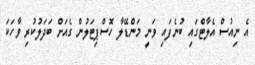
އެ ނިއުސް އެލާޓްގައި ބުނެފައި ވަނީ މަންޑޭލާ ހޮސްޕިޓަލުން ގެއަށް ބަދަލުކުރި ވާހަކަ